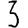
Digit: 3